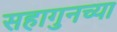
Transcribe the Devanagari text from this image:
सहागुनच्या